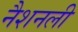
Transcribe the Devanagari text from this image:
नैशनली